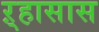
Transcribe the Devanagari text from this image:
ऱ्हासास